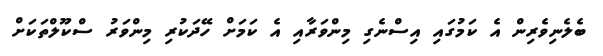
ބެލެނިވެރިން އެ ކަމުގައި އިސްނެގި މިންވަރާއި އެ ކަމަށް ހޭދަކުރި މިންވަރު ސްކޫލްތަކަށް